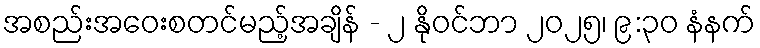
အစည်းအဝေးစတင်မည့်အချိန် - ၂ နိုဝင်ဘာ ၂၀၂၅၊ ၉:၃၀ နံနက်